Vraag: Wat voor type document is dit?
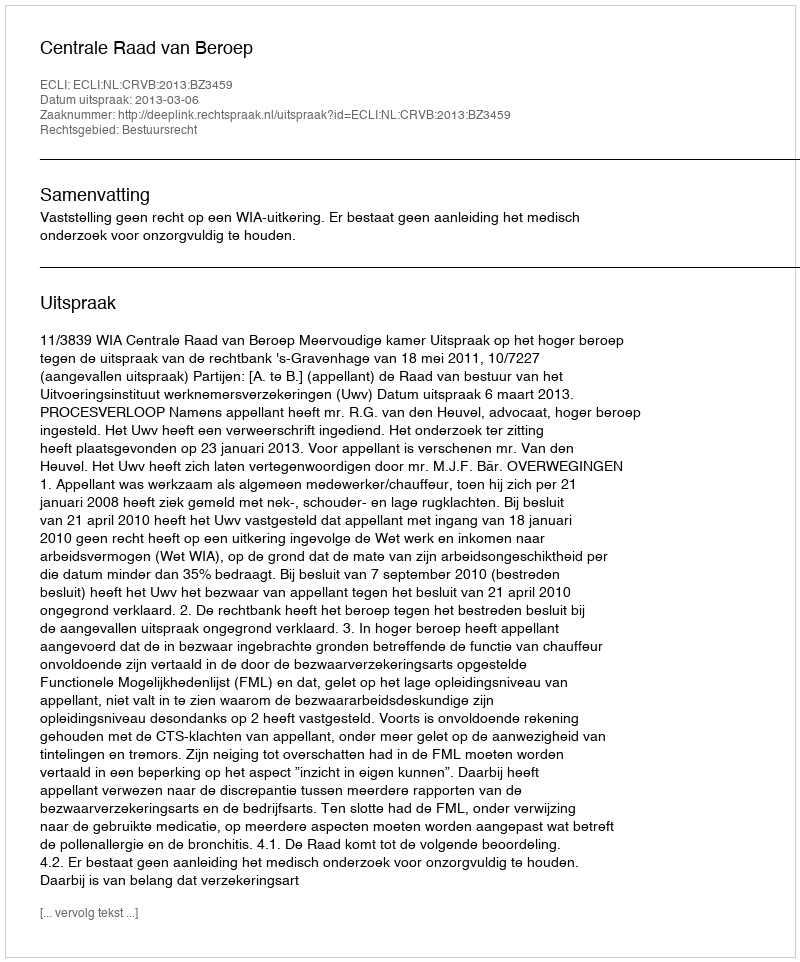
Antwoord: Uitspraak